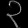
Digit: ၃